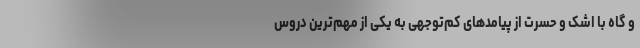
و گاه با اشک و حسرت از پیامدهای کم‌توجهی به یکی از مهم‌ترین دروس